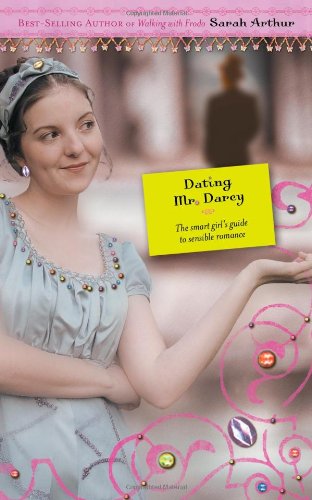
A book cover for Dating Mr. Darcy; Sarah Arthur; Teen & Young Adult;